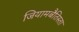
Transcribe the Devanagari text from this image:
जियामबैतिस्ता